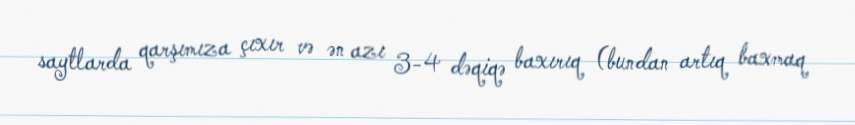
saytlarda qarşımıza çıxır və ən azı 3-4 dəqiqə baxırıq (bundan artıq baxmaq